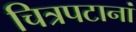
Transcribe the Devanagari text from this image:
चित्रपटानां